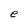
Character: e